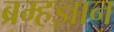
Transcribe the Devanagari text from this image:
ब्रम्हज्ञान